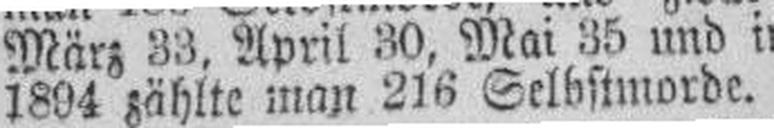
1894 zählte man 216 Selbstmorde.